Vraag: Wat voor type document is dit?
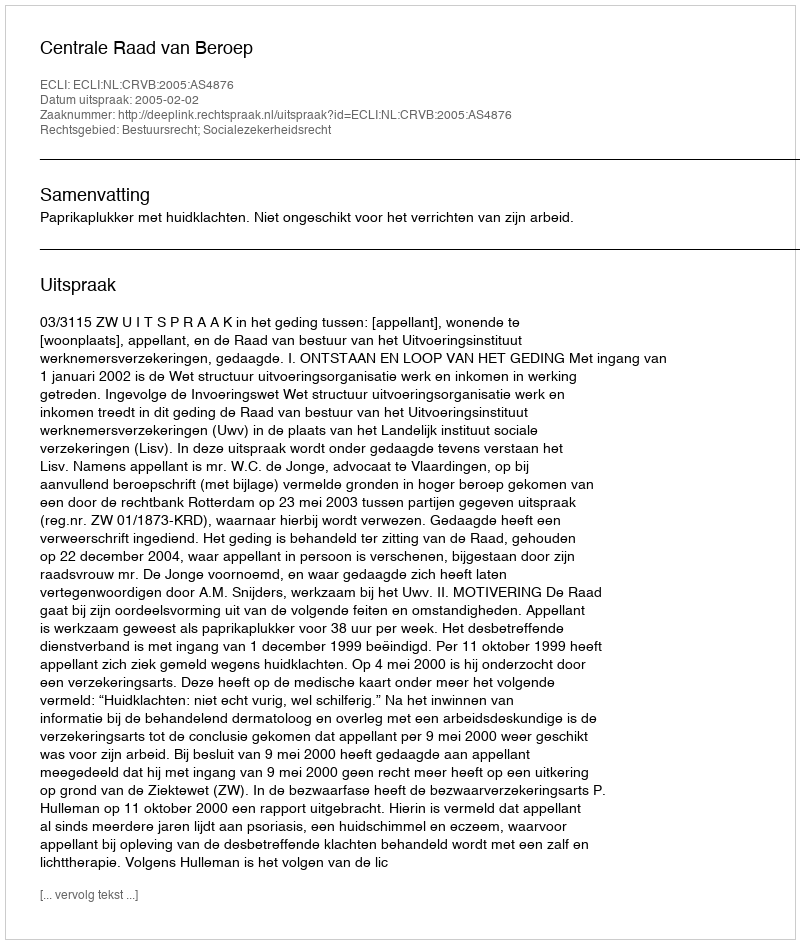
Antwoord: Uitspraak